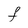
Character: f